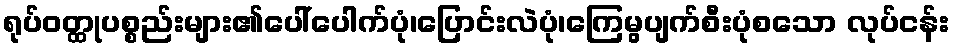
ရုပ်ဝတ္ထုပစ္စည်းများ၏ပေါ်ပေါက်ပုံ၊ပြောင်းလဲပုံ၊ကြေမွပျက်စီးပုံစသော လုပ်ငန်း